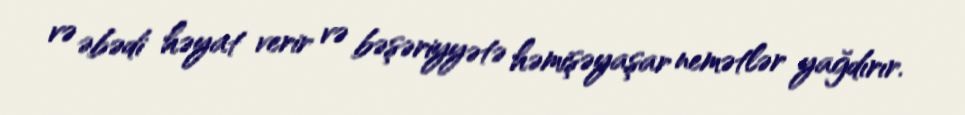
və əbədi həyat verir və bəşəriyyətə həmişəyaşar nemətlər yağdırır.